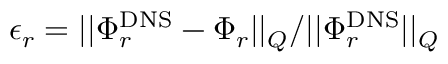
\epsilon _ { r } = { | | \Phi _ { r } ^ { \mathrm { D N S } } - \Phi _ { r } | | _ { Q } } / { | | \Phi _ { r } ^ { \mathrm { D N S } } | | _ { Q } }